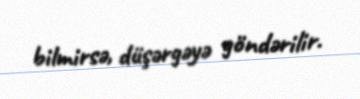
bilmirsə, düşərgəyə göndərilir.